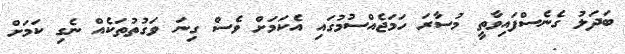
ބަދަލު ގެނެސްފައިވާތީ މުސާރަ ހަމަޖެއްސުމުގައި އެކަމަށް ވެސް ގިނަ ވަގުތުތަކެއް ނެގި ކަމަށް